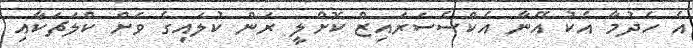
އެ ހެދުމާ އެކު އޭނާ އެކްސެސަރައިޒް ކޮށްލީ ރަން ކުލައިގެ ވަށް ކްލަޗަކާއި